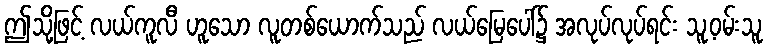
ဤသို့ဖြင့် လယ်ကူလီ ဟူသော လူတစ်ယောက်သည် လယ်မြေပေါ်၌ အလုပ်လုပ်ရင်း သူ့ဝမ်းသူ